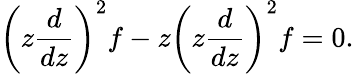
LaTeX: \left(z\frac{d}{dz}\right)^{2}f-z\left(z\frac{d}{dz}\right)^{2}f=0.